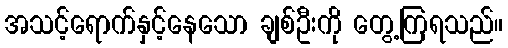
အသင့်ရောက်နှင့်နေသော ချစ်ဦးကို တွေ့ကြရသည်။